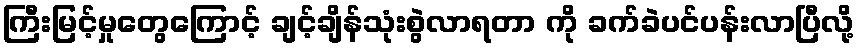
ကြီးမြင့်မှုတွေကြောင့် ချင့်ချိန်သုံးစွဲလာရတာ ကို ခက်ခဲပင်ပန်းလာပြီလို့